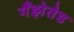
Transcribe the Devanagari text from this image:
गँझेतेड